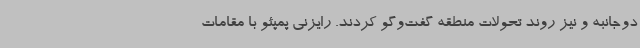
دوجانبه و نیز روند تحولات منطقه گفت‌وگو کردند. رایزنی پمپئو با مقامات